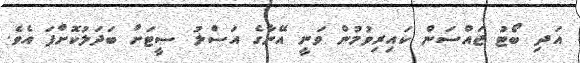
އަދި ބޯޓު ޖައްސަން ކައިރިވުމުން ވަނީ އޭނާގެ އަސްލު ސީޓަށް ބަދަލުކޮށްފަ އެވެ.